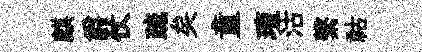
麒爵仗疏矣童璮沽繫祜